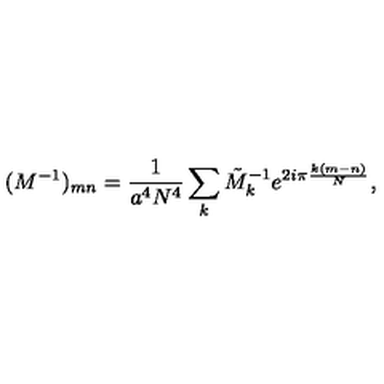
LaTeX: ( M ^ { - 1 } ) _ { m n } = \frac { 1 } { a ^ { 4 } N ^ { 4 } } \sum _ { k } \tilde { M } _ { k } ^ { - 1 } e ^ { 2 i { \pi } \frac { k ( m - n ) } { N } } ,